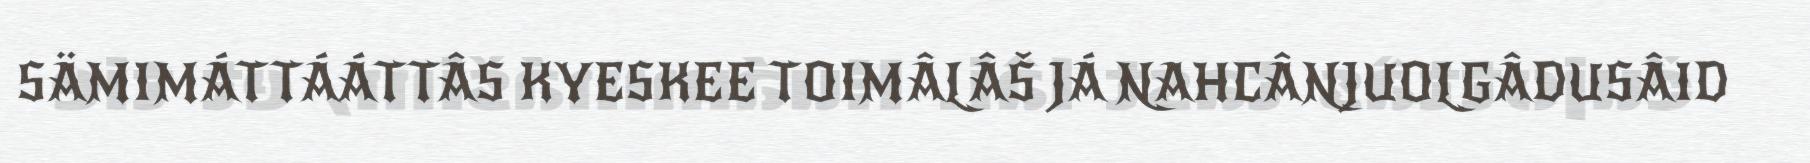
SÄMIMÁTTÁÁTTÂS KYESKEE TOIMÂLÂŠ JÁ NAHCÂNJUOLGÂDUSÂID